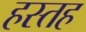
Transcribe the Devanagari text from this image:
हस्तह